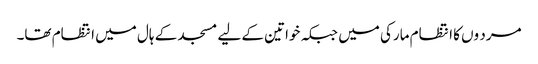
مرد وں کا انتظام مارکی میں جبکہ خواتین کے لیے مسجد کے ہال میں انتظام تھا۔